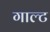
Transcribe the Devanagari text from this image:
गाल्ट